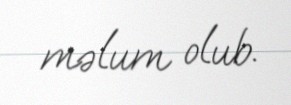
məlum olub.